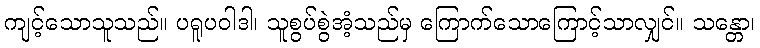
ကျင့်သောသူသည်။ ပရူပဝါဒါ၊ သူစွပ်စွဲအံ့သည်မှ ကြောက်သောကြောင့်သာလျှင်။ သန္တော၊